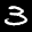
Label: 3